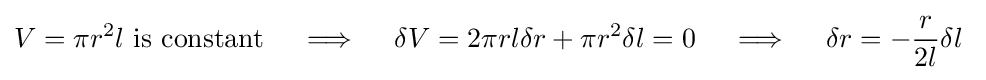
V=\pi r^{2}l{\text{ is constant}}\quad \implies \quad \delta V=2\pi rl\delta r+\pi r^{2}\delta l=0\quad \implies \quad \delta r=-{\frac {r}{2l}}\delta l~